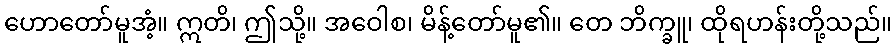
ဟောတော်မူအံ့။ ဣတိ၊ ဤသို့။ အဝေါစ၊ မိန့်တော်မူ၏။ တေ ဘိက္ခူ၊ ထိုရဟန်းတို့သည်။